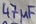
Text: 47µF